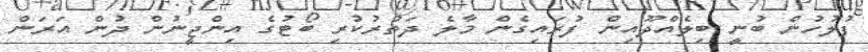
ފުލުހުން ބުނީ ބިލެއްދޫއިން ފުރައިގެން މާލެ ދަތުރުކުރި ބޯޓުގެ އިންޖީނުން ދުން އަރަން